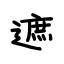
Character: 遮